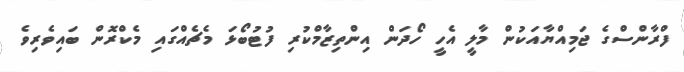
ފްރާންސްގެ ޖަމިއްޔާއަކުން މާލީ އެހީ ހޯދަން އިންތިޒާމްކުރި ފުޓުބޯޅަ މެޗެއްގައި މެކްރޮން ބައިވެެރިވެ